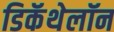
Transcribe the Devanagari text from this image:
डिकॅथेलॉन